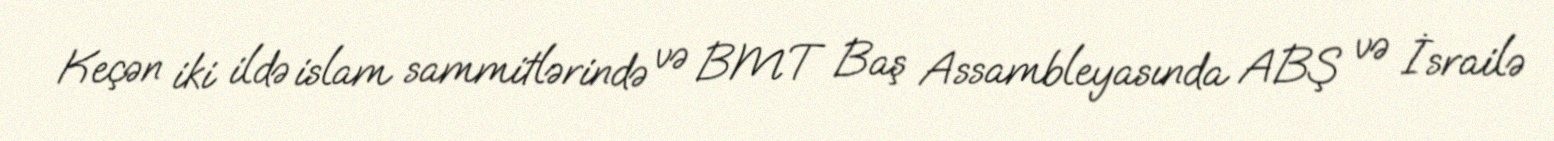
Keçən iki ildə islam sammitlərində və BMT Baş Assambleyasında ABŞ və İsrailə